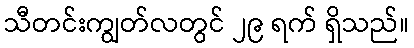
သီတင်းကျွတ်လတွင် ၂၉ ရက် ရှိသည်။